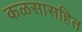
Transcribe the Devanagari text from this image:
कळसासहित